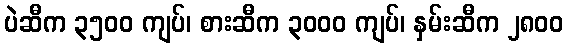
ပဲဆီက ၃၅၀၀ ကျပ်၊ စားဆီက ၃၀၀၀ ကျပ်၊ နှမ်းဆီက ၂၈၀၀